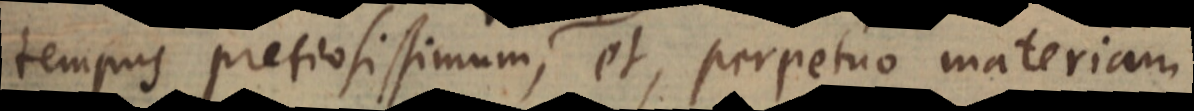
tempus pretiosissimum rerum, et, perpetuo materiam